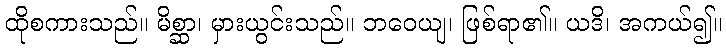
ထိုစကားသည်။ မိစ္ဆာ၊ မှားယွင်းသည်။ ဘဝေယျ၊ ဖြစ်ရာ၏။ ယဒိ၊ အကယ်၍။